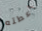
أعطته